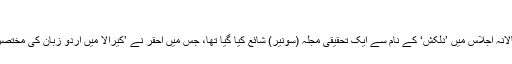
‘‘
۱۹۹۸ ؁ء میں کیرالا اُردو ٹیچرس ایسوسیشن کے سالانہ اجلاس میں ’دلکش‘ کے نام سے ایک تحقیقی مجلّہ (سونیر) شائع کیا گیا تھا، جس میں احقر نے ’کیرالا میں اُردو زبان کی مختصر تاریخ‘ (ملیالم) کے عنوان سے ایک مضمون لکھا تھا۔